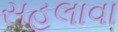
સહલાવા